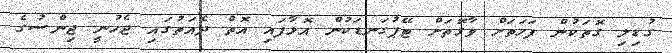
ގުޑިލި ގޮތަކުން ފަހަތަށް ވާގޮތަށް ޓޭޕުގަނޑަކުން އޮޅާފައި އޮތް ދެއަތުގައި ޖެހުނީ ޖިންސުގެ